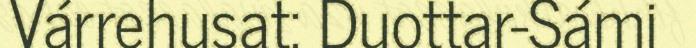
Várrehusat: Duottar-Sámi